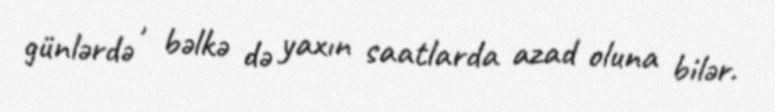
günlərdə , bəlkə də yaxın saatlarda azad oluna bilər.